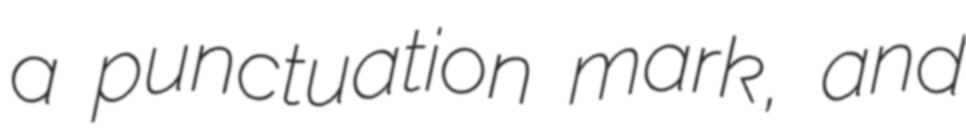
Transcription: a punctuation mark, and